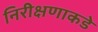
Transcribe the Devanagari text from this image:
निरीक्षणाकडे